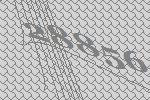
28856